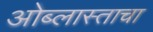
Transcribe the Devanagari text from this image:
ओब्लास्ताचा